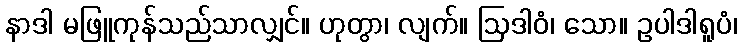
နာဒါ မဖြူကုန်သည်သာလျှင်။ ဟုတွာ၊ လျက်။ ဩဒါဝံ၊ သော။ ဥပါဒါရူပံ၊